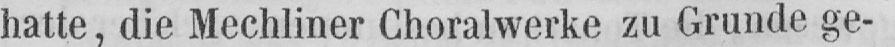
hatte, die Mechliner Choralwerke zu Grunde ge-